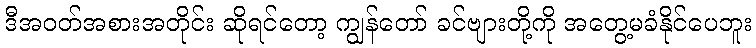
ဒီအဝတ်အစားအတိုင်း ဆိုရင်တော့ ကျွန်တော် ခင်ဗျားတို့ကို အတွေ့မခံနိုင်ပေဘူး